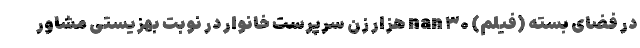
در فضای بسته (فیلم) nan ۳۰ هزار زن سرپرست خانوار در نوبت بهزیستی مشاور